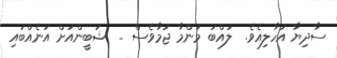
ސާދިޔާ އަހާލިއެވެ.  ލައްބަ މަންމާ ޖުމާވެސް ..  ޝަބީންއަށް އަނެއްބައި